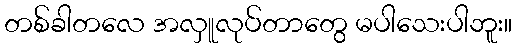
တစ်ခါတလေ အလှူလုပ်တာတွေ မပါသေးပါဘူး။